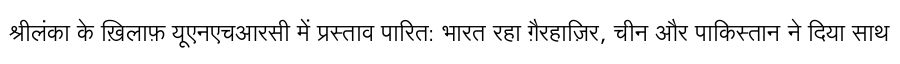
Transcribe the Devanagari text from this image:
श्रीलंका के ख़िलाफ़ यूएनएचआरसी में प्रस्ताव पारित: भारत रहा ग़ैरहाज़िर, चीन और पाकिस्तान ने दिया साथ